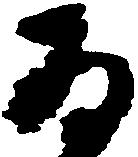
為